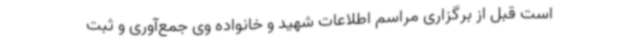
است قبل از برگزاری مراسم اطلاعات شهید و خانواده وی جمع‌آوری و ثبت